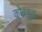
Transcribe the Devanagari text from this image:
कोबहुत